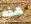
هذه